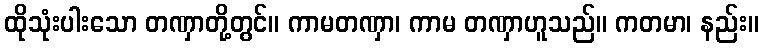
ထိုသုံးပါးသော တဏှာတို့တွင်။ ကာမတဏှာ၊ ကာမ တဏှာဟူသည်။ ကတမာ၊ နည်း။